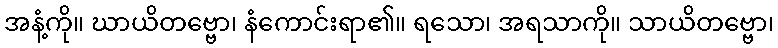
အနံ့ကို။ ဃာယိတဗ္ဗော၊ နံကောင်းရာ၏။ ရသော၊ အရသာကို။ သာယိတဗ္ဗော၊